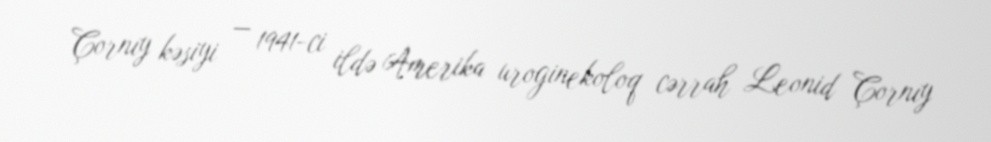
Çornıy kəsiyi — 1941-ci ildə Amerika uroginekoloq cərrah Leonid Çornıy